Eesti_Vabariigi_Tartu_Ulikool, lk 106
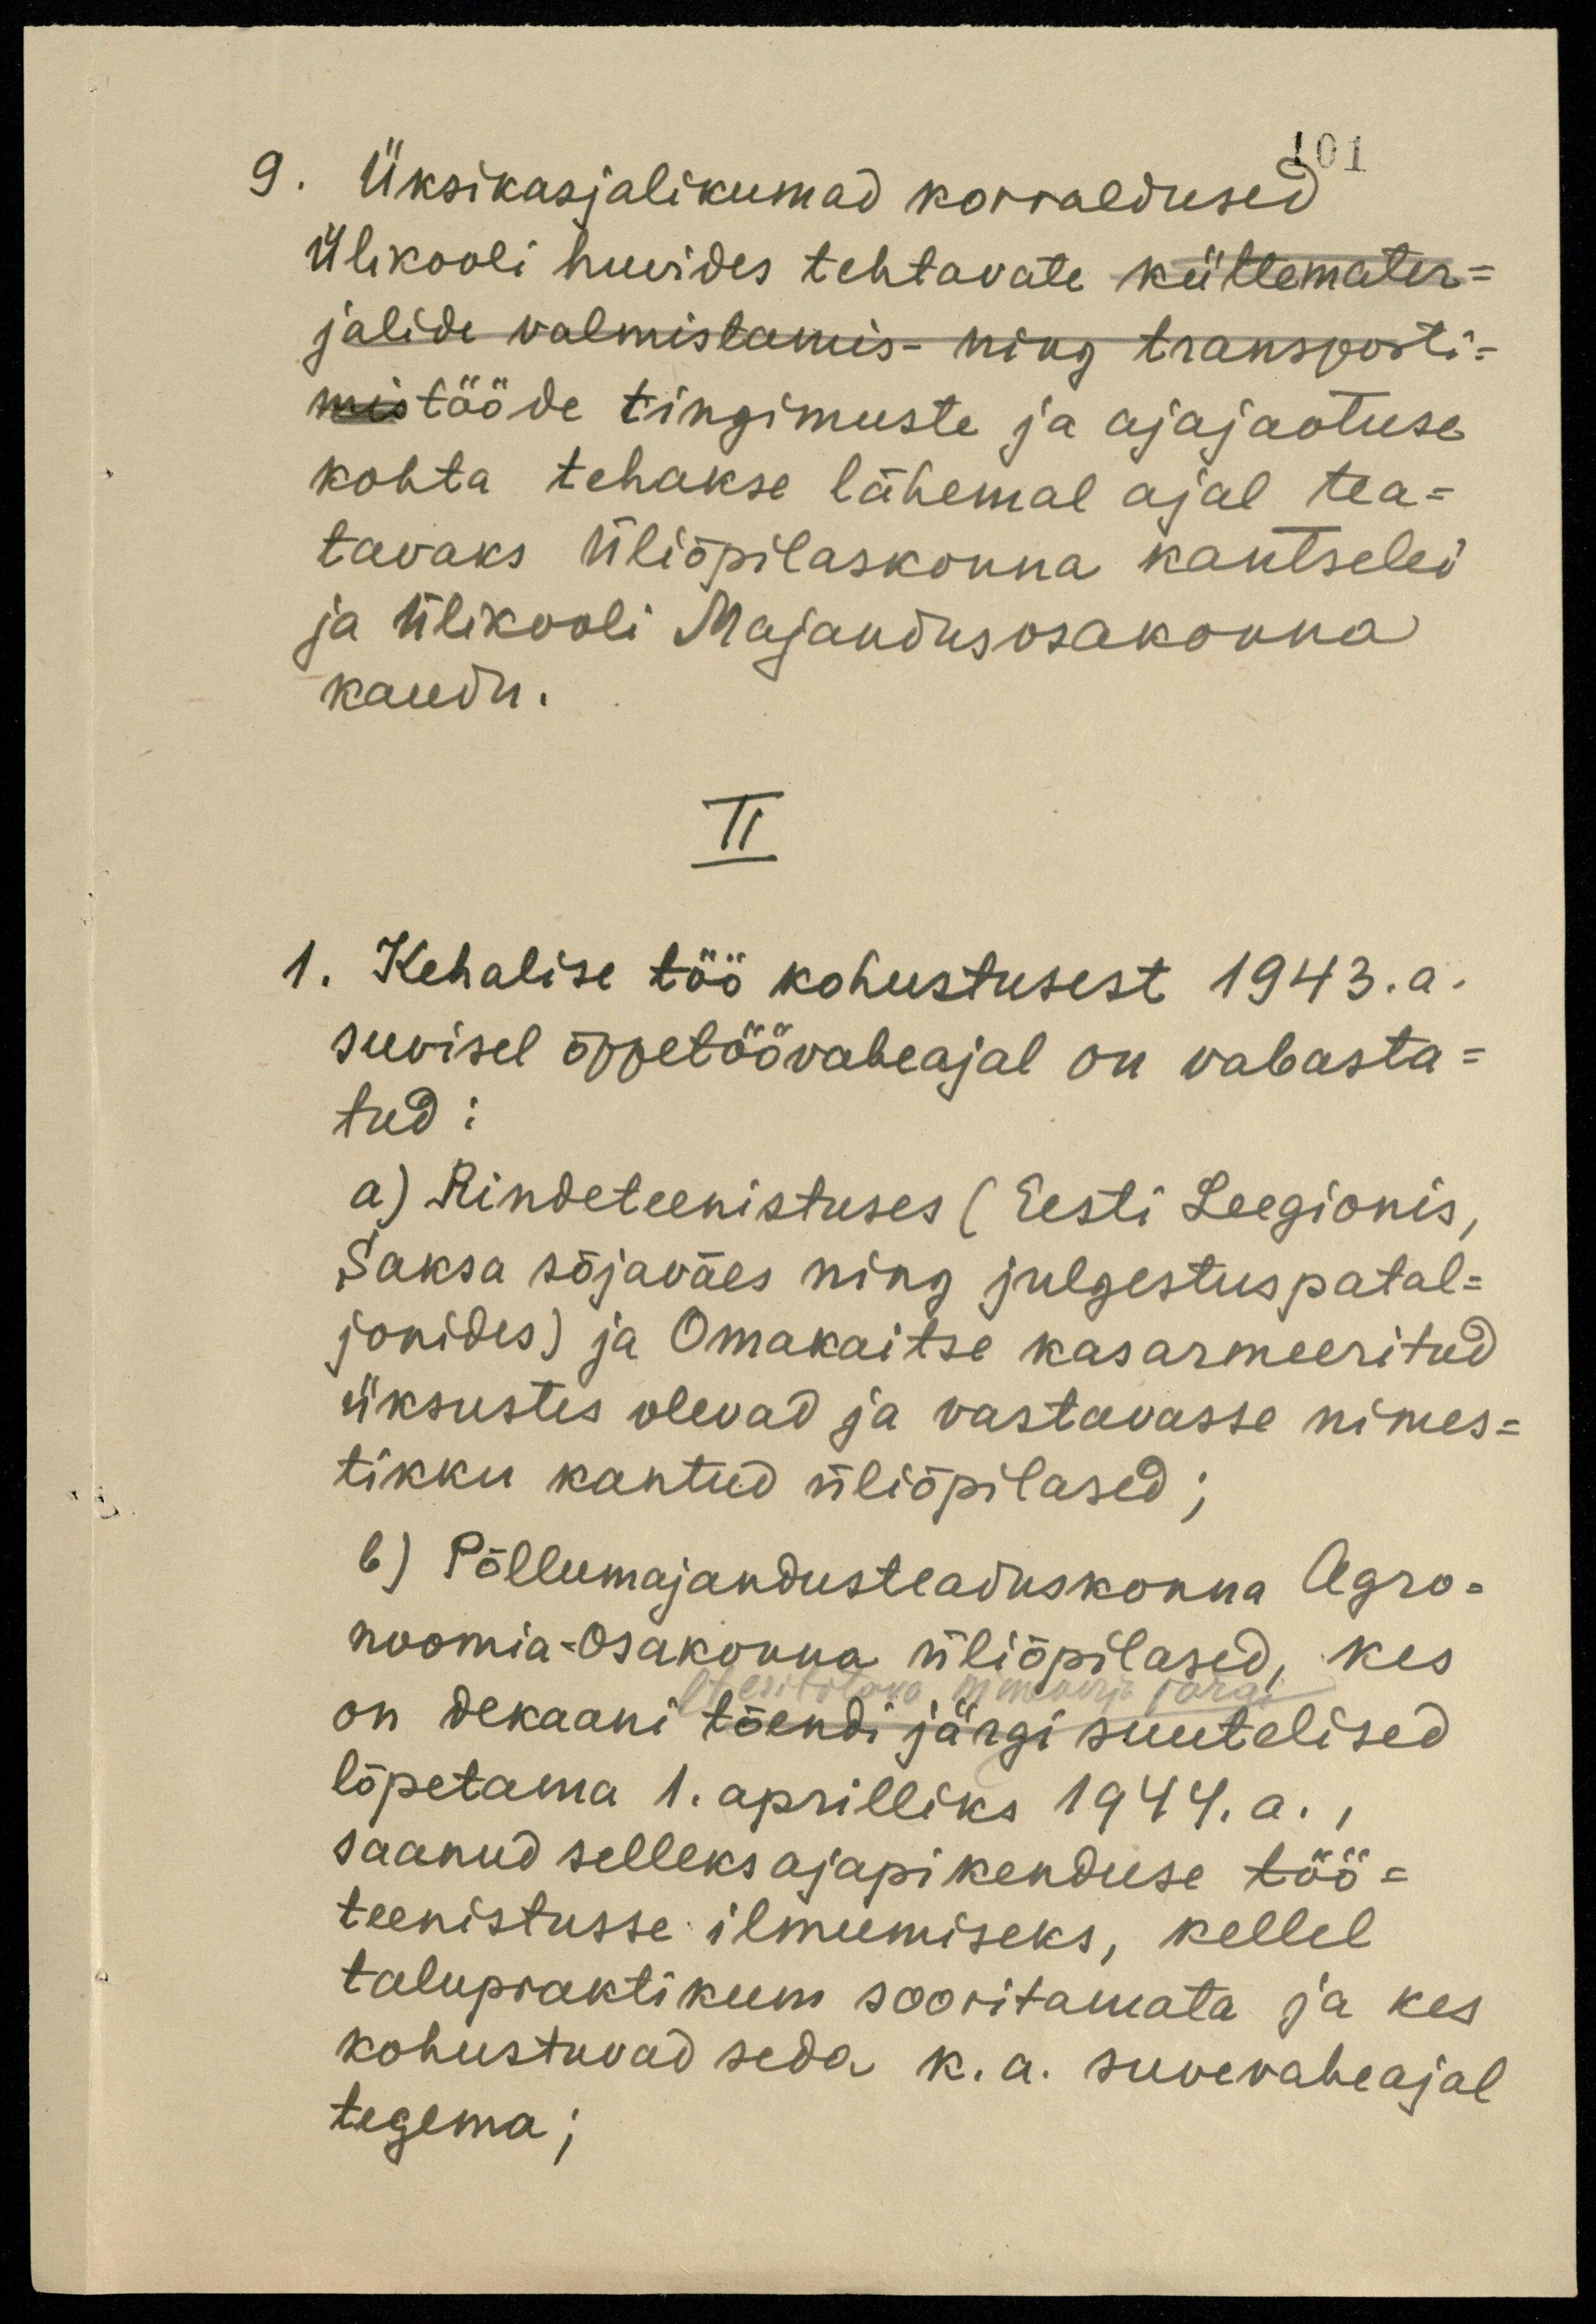
101
9. Üksikasjalikumad korraldused
ülikooli huvides tehtavate küttemater-
jalide valmistamis- ning transporti-
mistööde tingimuste ja ajajaotuse
kohta tehakse lähemal ajal tea-
tavaks üliõpilaskonna kantselei
ja Ülikooli Majandusosakonna
kaudu.
II
1. Kehalise töö kohustusest 1943.a.
suvisel õppetöövaheajal on vabasta-
tud:
a) Rindeteenistuses (Eesti Leegionis,
Saksa sõjaväes ning julgestuspatal-
jonides) ja Omakaitse kasarmeeritud
üksustes olevad ja vastavasse nimes-
tikku kantud üliõpilased;
b) Põllumajandusteaduskonna Agro-
noomia-osakonna üliõpilased, kes
lt esitatava nimekirja järgi
on dekaani tõendi järgi suutelised
lõpetama 1. aprilliks 1944. a.
saanud selleks ajapikenduse töö-
teenistusse ilmumiseks, kellel
talupraktikum sooritamata ja kes
kohustuvad seda k. a. suvevaheajal
tegema;